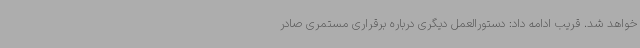
خواهد شد. قریب ادامه داد: دستورالعمل دیگری درباره برقراری مستمری صادر